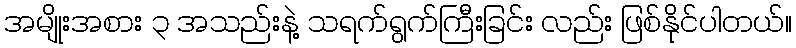
အမျိုးအစား ၃ အသည်းနဲ့ သရက်ရွက်ကြီးခြင်း လည်း ဖြစ်နိုင်ပါတယ်။